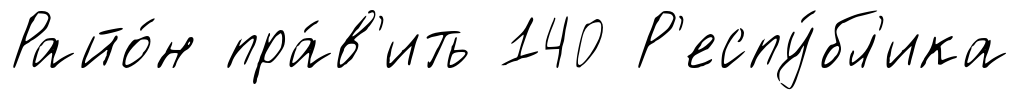
Райо́н пра́в'ить 140 Р'еспу́бл'ика